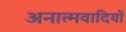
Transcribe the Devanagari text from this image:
अनात्मवादियों